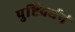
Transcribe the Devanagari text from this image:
पुष्टिवर्धनं